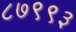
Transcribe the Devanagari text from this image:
८७९९३